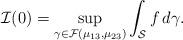
LaTeX: \begin{align*} \mathcal{I}(0)= \sup_{\gamma \in \mathcal{F}(\mu_{13}, \mu_{23}) } \int_\mathcal{S} f\, d \gamma. \end{align*}